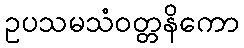
ဥပသမသံဝတ္တနိကော